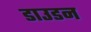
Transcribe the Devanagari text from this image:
डाउडन